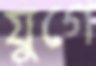
যুগে